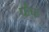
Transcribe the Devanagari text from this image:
फ़ैफ़